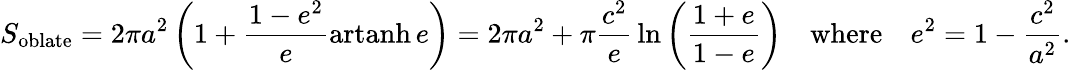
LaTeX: S_{\mathrm{{oblate}}}=2\pi a^{2}\left(1+{\frac{1-e^{2}}{e}}{\mathrm{artanh}}\, e\right)=2\pi a^{2}+\pi{\frac{c^{2}}{e}}\ln\left({\frac{1+e}{1-e}}\right)\quad{\mathrm{where}}\quad e^{2}=1-{\frac{c^{2}}{a^{2}}}.